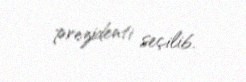
prezidenti seçilib.